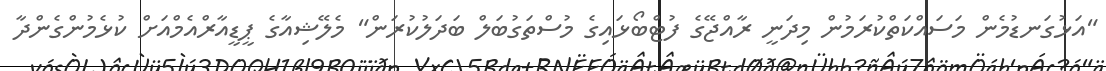
"އަޅުގަނޑުމެން މަސައްކަތްކުރަމުން މިދަނީ ރާއްޖޭގެ ފުޓްބޯޅައިގެ މުސްތަގުބަލް ބަދަލުކުރަން" މެލޭޝިއާގެ ޕީޑީއާރްއެމްއަށް ކުޅެމުންގެންދާ